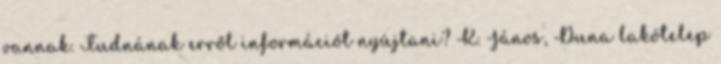
vannak. Tudnának erről információt nyújtani? K. János, Duna lakótelep